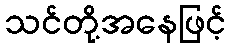
သင်တို့အနေဖြင့်